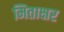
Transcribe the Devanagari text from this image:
मिताक्षर